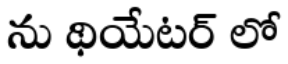
ను థియేటర్ లో